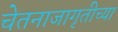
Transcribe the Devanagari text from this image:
चेतनाजागृतीच्या